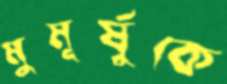
মুমূর্ষুকে